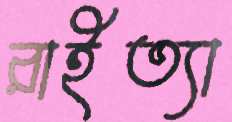
রাইত্যা